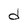
Character: d